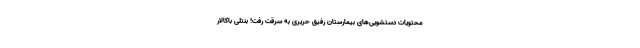
محتویات دستشویی‌های بیمارستان رفیق حریری به سرقت رفت! بنتلی باکالار